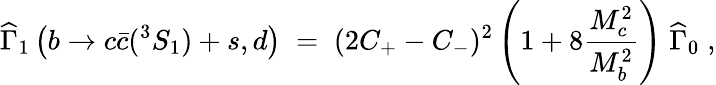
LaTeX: {{\widehat\Gamma}_{1}\left(b\rightarrow c{\bar{c}}(^{3}S_{1})+s,d\right)\; =\; (2C_{+}-C_{-})^{2}\left(1+8{\frac{M_{c}^{2}}{M_{b}^{2}}}\right)\; {\widehat\Gamma}_{0}\; ,}